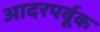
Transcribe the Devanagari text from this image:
आदरपर्वूक